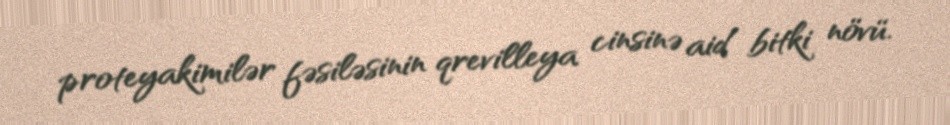
proteyakimilər fəsiləsinin qrevilleya cinsinə aid bitki növü.